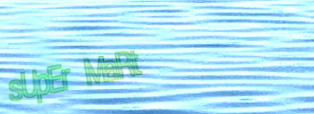
sUpEr MaRt